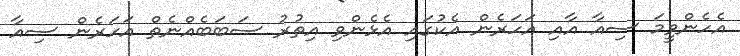
އެހެންވީމަ ސިއާ އާއި އަހަރެން އެކުގައި އެޅެންވި އިތުރު ސަބަބެއްނެތް އަހަރެން ސިއާ